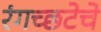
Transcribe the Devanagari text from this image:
रंगच्‍छटेचे